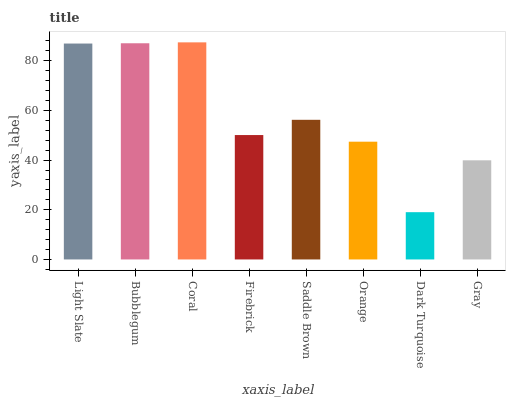
| xaxis_label | bars |
 | --- | --- |
 | Light Slate | 87 |
 | Bubblegum | 87.1 |
 | Coral | 87.4 |
 | Firebrick | 50.1 |
 | Saddle Brown | 56.2 |
 | Orange | 47.4 |
 | Dark Turquoise | 19 |
 | Gray | 39.9 |